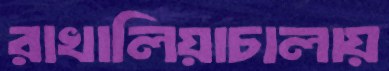
রাখালিয়াচালায়